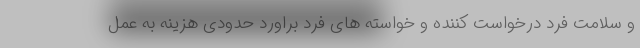
و سلامت فرد درخواست کننده و خواسته های فرد براورد حدودی هزینه به عمل